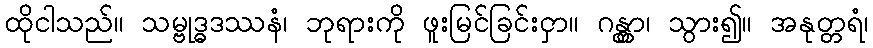
ထိုငါသည်။ သမ္ဗုဒ္ဓဒဿနံ၊ ဘုရားကို ဖူးမြင်ခြင်းငှာ။ ဂန္တွာ၊ သွား၍။ အနုတ္တရံ၊